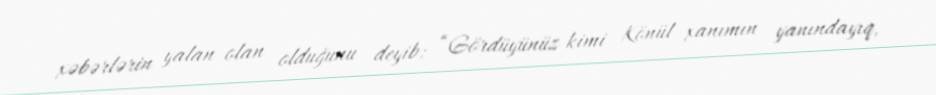
xəbərlərin yalan olan olduğunu deyib: “Gördüyünüz kimi Könül xanımın yanındayıq,